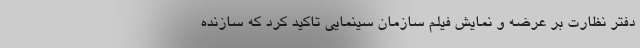
دفتر نظارت بر عرضه و نمایش فیلم سازمان سینمایی تاکید کرد که سازنده